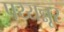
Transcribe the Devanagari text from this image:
पय्यन्नूर